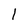
Character: 1